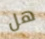
هل